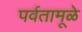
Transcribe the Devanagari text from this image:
पर्वतामूळे